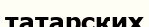
татарских